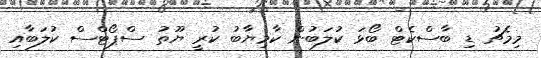
މިމެޗު ޑި ބާސްކެޓް ބޯޅަ ކުލަބުން ކާމިޔާބު ކުރީ ޔޫތު ސްޕޯޓްސް ކުލަބާއި